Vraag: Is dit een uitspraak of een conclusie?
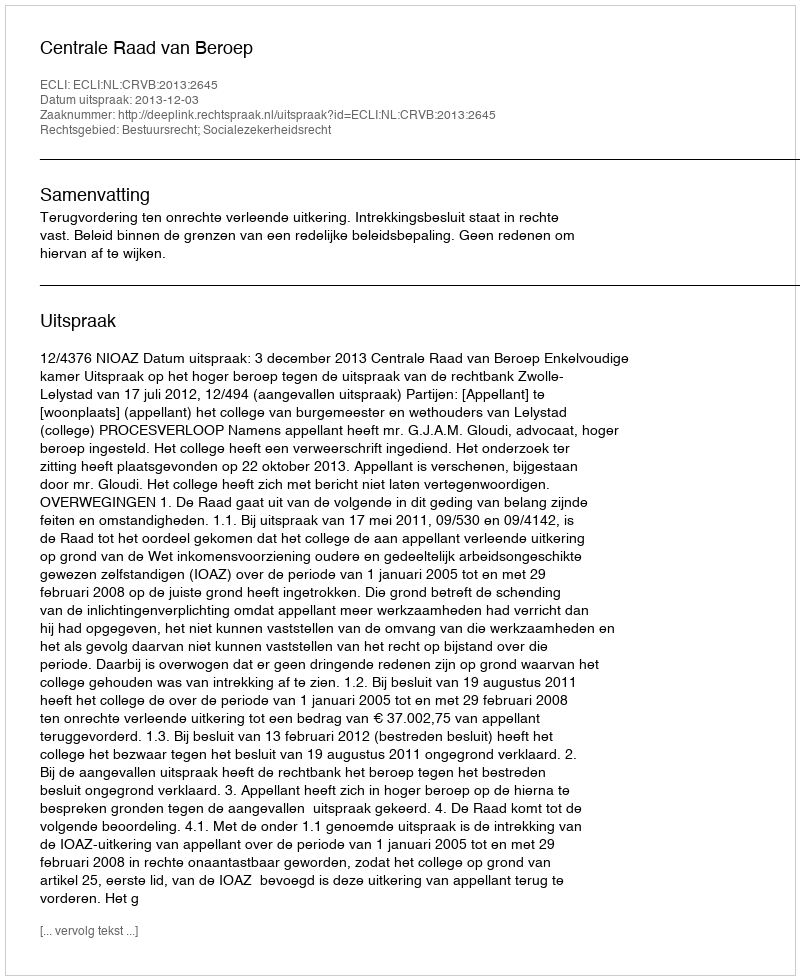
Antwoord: Uitspraak